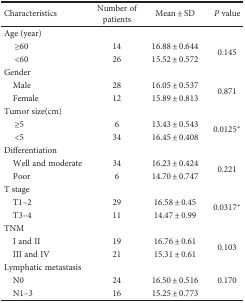
<table><thead><tr><td><b>Characteristics</b></td><td><b>Number of patients</b></td><td><b>Mean ± SD</b></td><td><b><i>P</i> value</b></td></tr></thead><tbody><tr><td colspan="4">Age (year)</td></tr><tr><td>≥60</td><td>14</td><td>16.88 ± 0.644</td><td rowspan="2">0.145</td></tr><tr><td>&lt;60</td><td>26</td><td>15.52 ± 0.572</td></tr><tr><td colspan="4">Gender</td></tr><tr><td> Male</td><td>28</td><td>16.05 ± 0.537</td><td rowspan="2">0.871</td></tr><tr><td> Female</td><td>12</td><td>15.89 ± 0.813</td></tr><tr><td colspan="4">Tumor size(cm)</td></tr><tr><td>≥5</td><td>6</td><td>13.43 ± 0.543</td><td rowspan="2">0.0125<sup>∗</sup></td></tr><tr><td>&lt;5</td><td>34</td><td>16.45 ± 0.408</td></tr><tr><td colspan="4">Differentiation</td></tr><tr><td> Well and moderate</td><td>34</td><td>16.23 ± 0.424</td><td rowspan="2">0.221</td></tr><tr><td> Poor</td><td>6</td><td>14.70 ± 0.747</td></tr><tr><td colspan="4">T stage</td></tr><tr><td> T1–2</td><td>29</td><td>16.58 ± 0.45</td><td rowspan="2">0.0317<sup>∗</sup></td></tr><tr><td> T3–4</td><td>11</td><td>14.47 ± 0.99</td></tr><tr><td colspan="4">TNM</td></tr><tr><td> I and II</td><td>19</td><td>16.76 ± 0.61</td><td rowspan="2">0.103</td></tr><tr><td> III and IV</td><td>21</td><td>15.31 ± 0.61</td></tr><tr><td colspan="4">Lymphatic metastasis</td></tr><tr><td> N0</td><td>24</td><td>16.50 ± 0.516</td><td>0.170</td></tr><tr><td> N1–3</td><td>16</td><td>15.25 ± 0.773</td><td></td></tr></tbody></table>